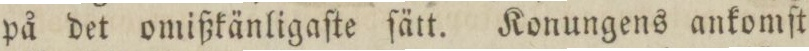
på det omißkänligaſte ſätt. Konungens ankomſt